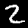
Digit: 2